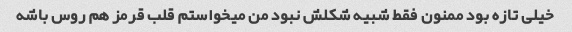
خیلى تازه بود ممنون فقط شبیه شکلش نبود من میخواستم قلب قرمز هم روس باشه